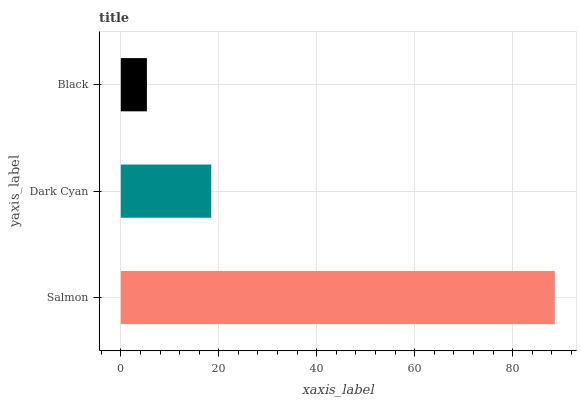
| yaxis_label | bars |
 | --- | --- |
 | Salmon | 88.6 |
 | Dark Cyan | 18.5 |
 | Black | 5.33 |